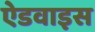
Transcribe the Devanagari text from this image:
ऐडवाइस